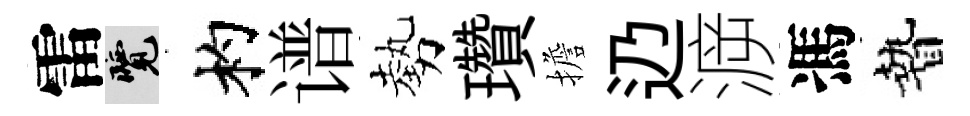
雷覽杓谱勢瓚擔辸㴑馮贄